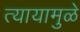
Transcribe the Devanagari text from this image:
त्यायामुळे